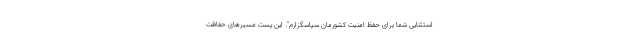
استثنایی شما برای حفظ امنیت کشورمان سپاسگزارم". این پست مسیرهای حفاظت